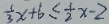
\frac { 1 } { 3 } x + 6 \leq \frac { 1 } { 2 } x - 2